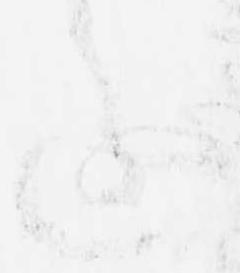
進